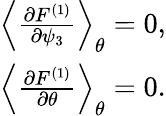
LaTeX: \begin{array}{r}{\left<{\frac{\partial F^{(1)}}{\partial\psi_{3}}}\right>_{\theta}=0,}\\ {\left<{\frac{\partial F^{\left(1\right)}}{\partial\theta}}\right>_{\theta}=0.}\end{array}